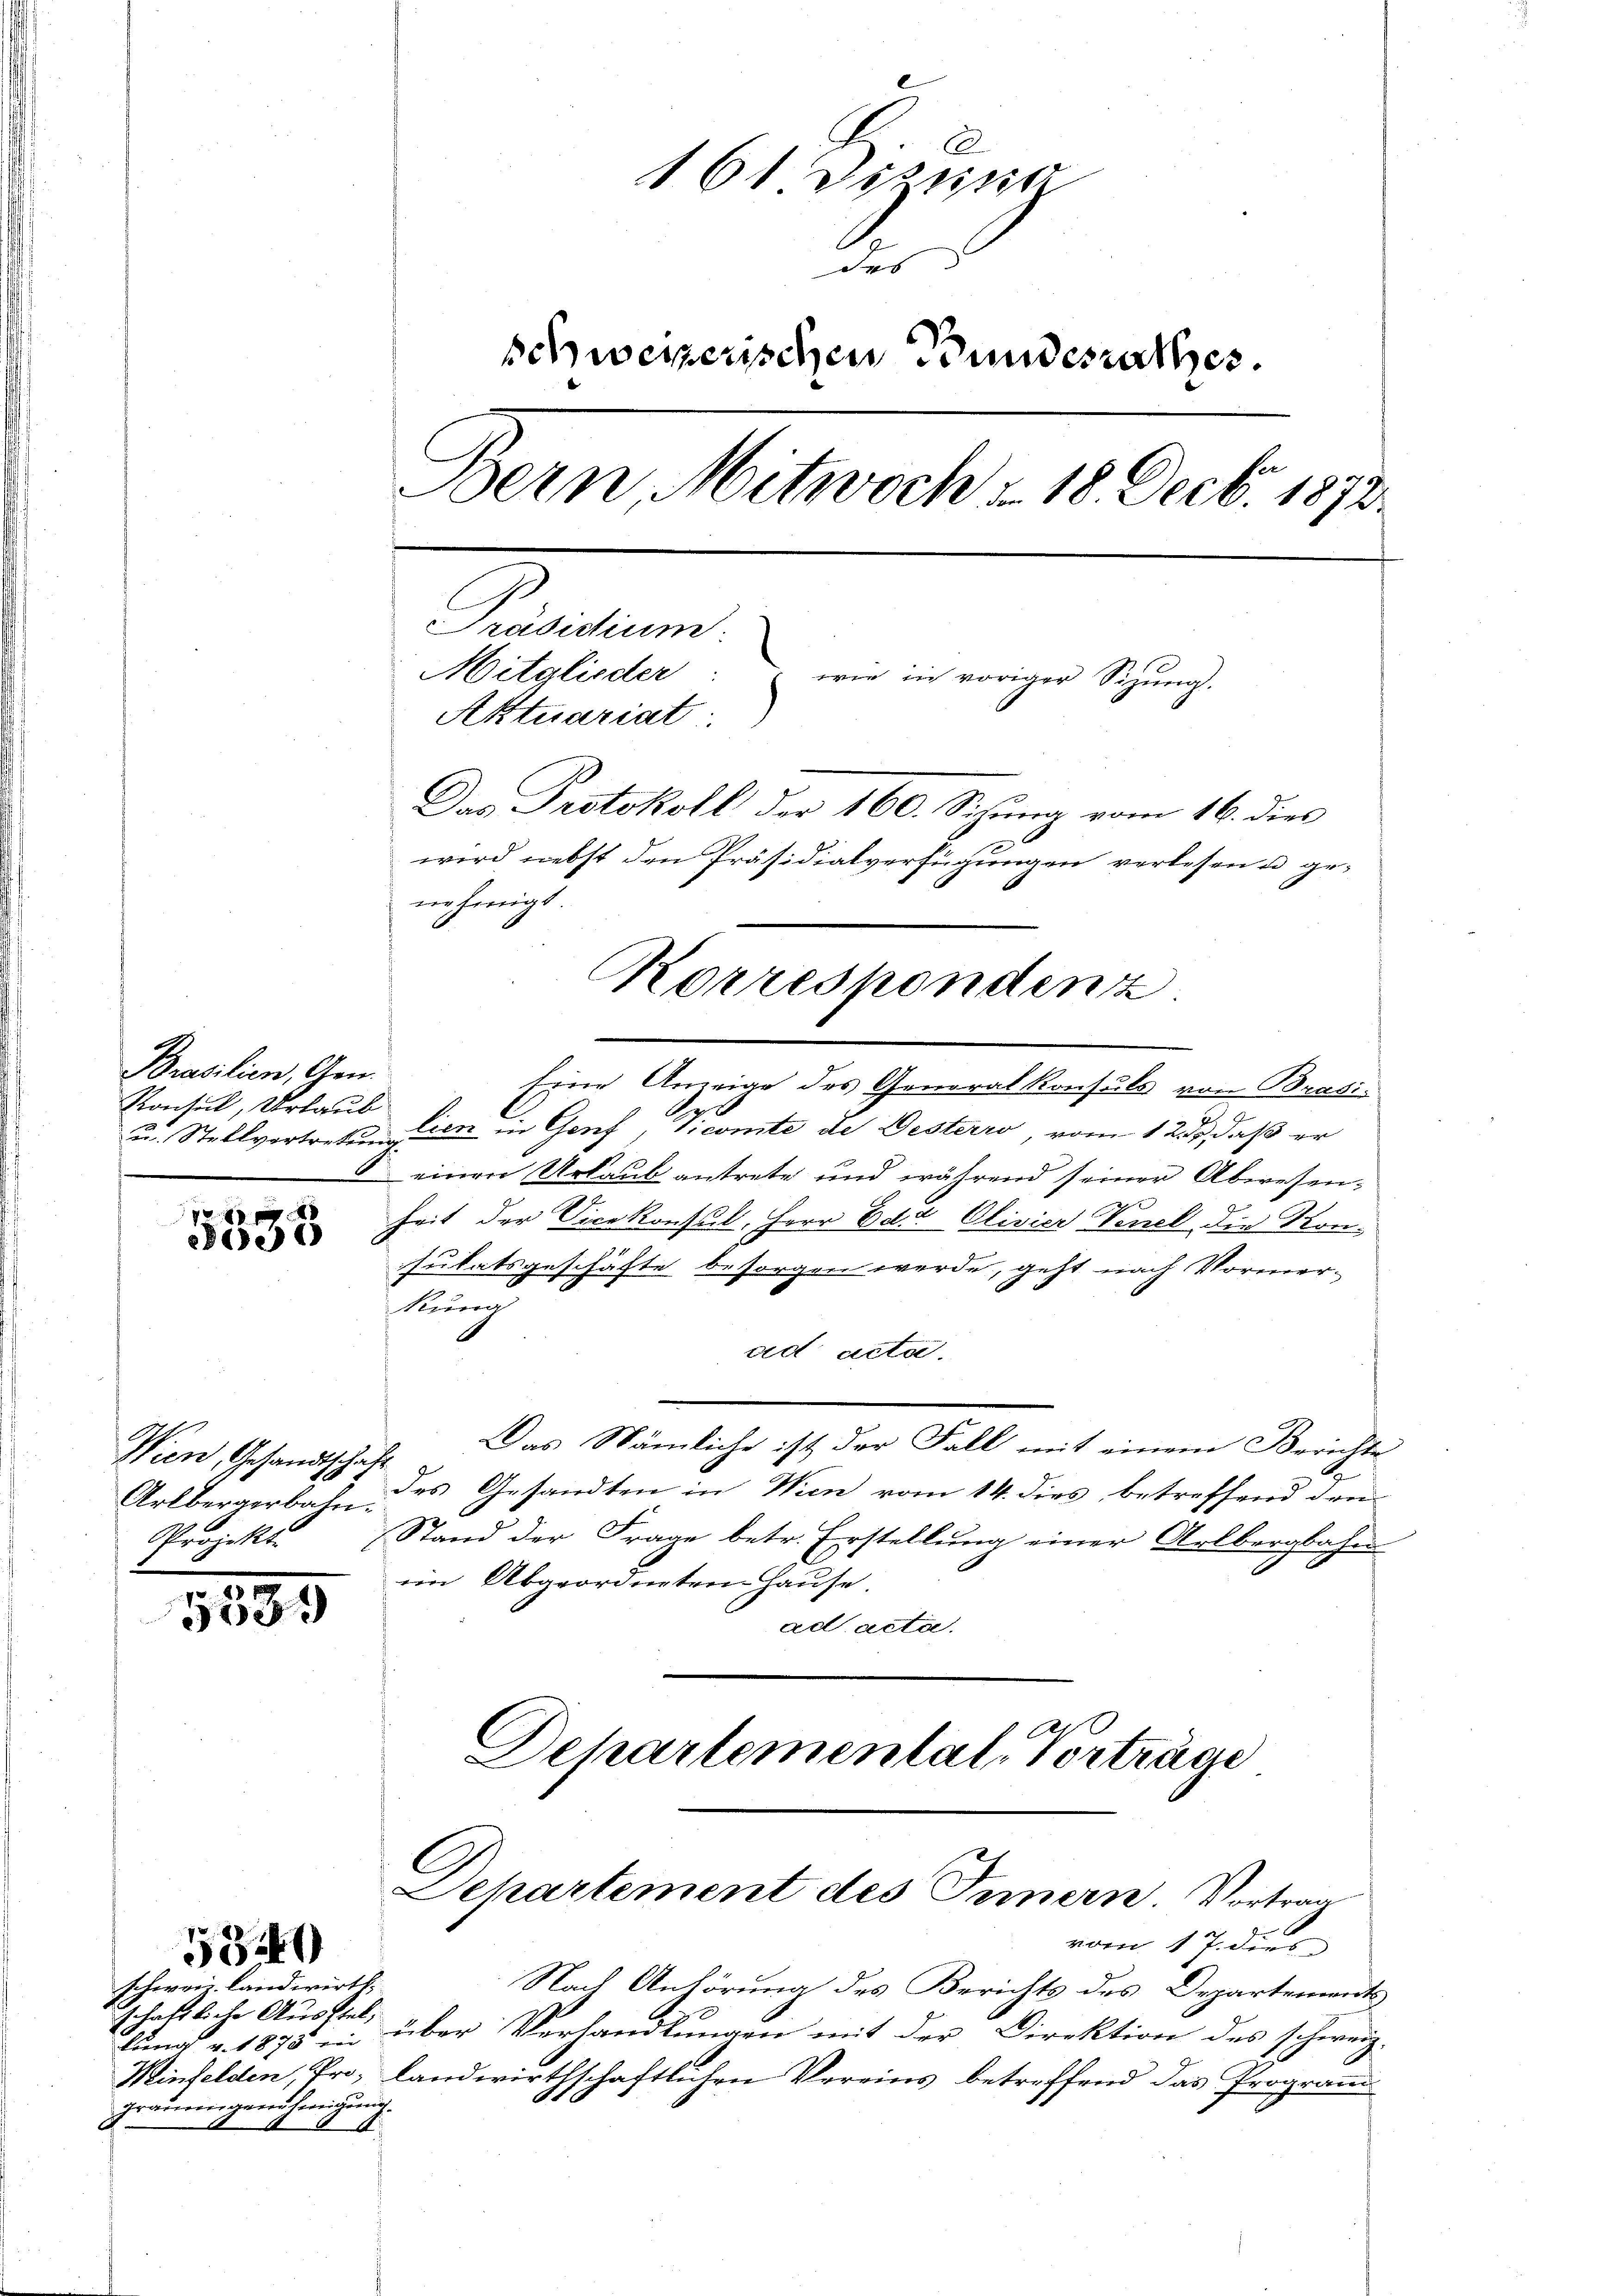
Brasilien, Gen.
Konsul, Urlaub

e
PGe

Wien, Gesandtscha
Arlbergerbahn.
Projekt.

9
553.

161 Dizung
das
schweizerischen Bundesrathes.
Bern, Mitwoch § 18. Decbr. 1872.
Präsidium
Mitglieder: wie in voriger Sizung.
Aktuariat
Das Protokoll der 160. Sitzung vom 16. dies
wird nebst den Präsidialverfügungen verlesen u genehmigt.
Korrespondenz

53240
schweiz. Landwirth,
schaftliche Ausstel,
raurigenschweigung
.

Eine Anzeige des Generalkonsuls von Brasi¬
u. Stellvertreten lien in Genf, Vicomite de Gesterro, vom 12ten, daß er
einen Urlaub antrete und während seiner Abwesenheit der Vicekonsul, Herr Ed. Olivier Venel die Konsulatsgeschäfte besorgen werde, geht nach Vormer-
Runa
ad acta.
Das Nämliche ist der Fall mit einem Berichte
.
des Gesandten in Wien vom 14. dies betreffend den
Stand der Frage betr. Erstellung einer Arlbergbahn
im Abgeordneten Hause.
ad acta.

Nach Anhörung des Berichts des Departements
lung v. 1875 in über Verhandlungen mit der Direktion des schweiz.
Minfelden, Pro, landwirthschaftlichen Vereins betreffend das Programm-

Dehartemental-Vortrage

G
Departement des Innern. Vortrag
vom 17. dies